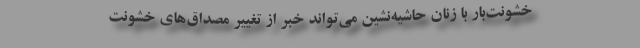
خشونت‌بار با زنان حاشيه‌نشين مي‌تواند خبر از تغيير مصداق‌هاي خشونت